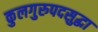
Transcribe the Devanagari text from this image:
कुलगुरुपदसुद्धा